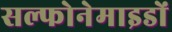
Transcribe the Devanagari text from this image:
सल्फोनेमाइडों